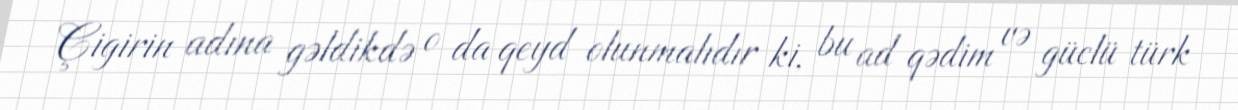
Çigirin adına gəldikdə o da qeyd olunmalıdır ki, bu ad qədim və güclü türk